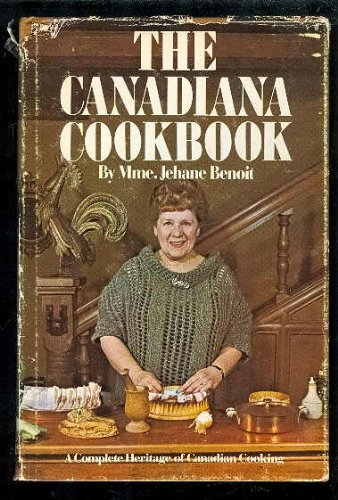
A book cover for The Canadiana Cookbook: A Complete Heritage of Canadian Cooking; Jehane Benoit; Cookbooks, Food & Wine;